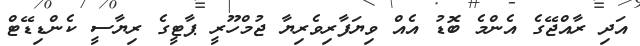
އަދި ރާއްޖޭގެ އެންމެ ބޮޑު އެއް ވިޔަފާރިވެރިޔާ ޖުމްހޫރީ ޕާޓީގެ ރިޔާސީ ކެންޑިޑޭޓް